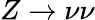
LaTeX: Z\to\nu\nu